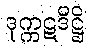
ဒုက္ကဋဒိဋ္ဌိ